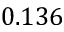
0 . 1 3 6